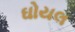
ઘોયલ